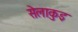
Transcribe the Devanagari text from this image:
सेलाकुइ